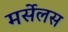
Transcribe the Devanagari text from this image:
मर्सेलस